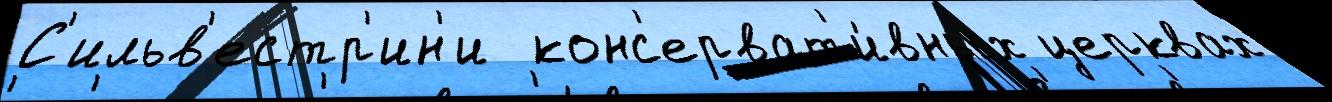
С'ильв'естр'ин'и  конс'ерват'и́вных церквах